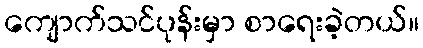
ကျောက်သင်ပုန်းမှာ စာရေးခဲ့တယ်။